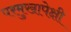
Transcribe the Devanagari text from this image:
परमुखापेक्षी